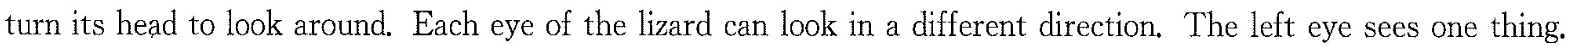
turn its head to look around.Each eye of the lizard can look in a different direction.The left eye sees one thing.